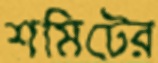
শমিটের